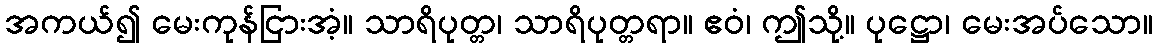
အကယ်၍ မေးကုန်ငြားအံ့။ သာရိပုတ္တ၊ သာရိပုတ္တရာ။ ဧဝံ၊ ဤသို့။ ပုဋ္ဌော၊ မေးအပ်သော။